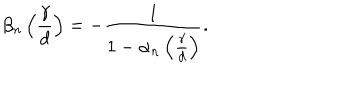
LaTeX: \beta _ { n } \left( \frac { \gamma } { d } \right) = - \frac { 1 } { 1 - \alpha _ { n } \left( \frac { \gamma } { d } \right) } .